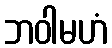
ဘဝါမဟံ